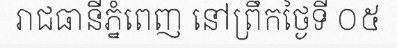
រាជធានីភ្នំពេញ នៅព្រឹកថ្ងៃទី ០៥